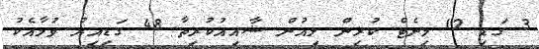
3 ގަޑި 12 މިނެޓް ކުރިން ލިއުން ޝާއިއުކުރިތާ 48 ގަޑިއިރު ވުމާއެކު